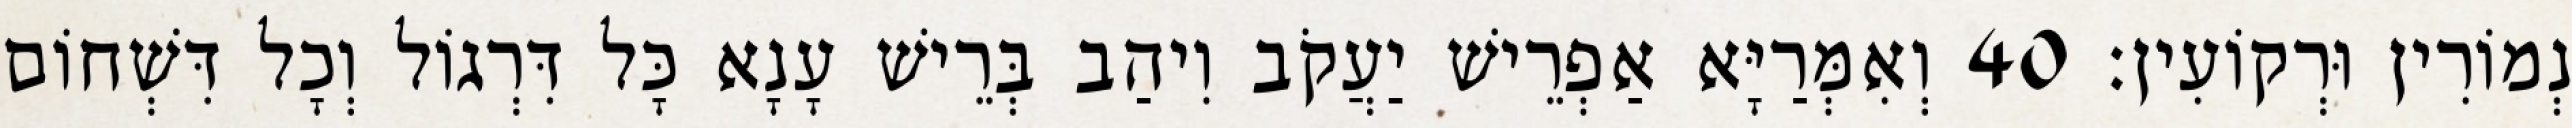
נְמוֹרִין וּרְקוֹעִין׃ 40 וְאִמְּרַיָּא אַפְרֵישׁ יַעֲקֹב וִיהַב בְּרֵישׁ עָנָא כָּל דִּרְגוֹל וְכָל דִּשְׁחוֹם